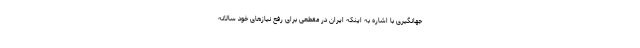
جهانگیری با اشاره به اینکه ایران در مقطعی برای رفع نیازهای خود سالانه